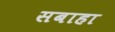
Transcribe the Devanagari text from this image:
सबाहा